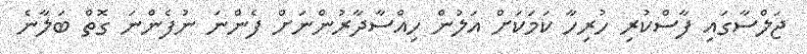
ޖަލްސާގައި ފާސްކުރި ހުރިހާ ކަމަކަށް އަލުން ހިއްސާދާރުންނަށް ފެންނަ ނުފެންނަ ގޮތް ބަލާނެ